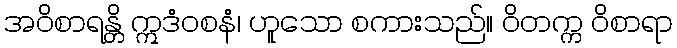
အဝိစာရန္တိ ဣဒံဝစနံ၊ ဟူသော စကားသည်။ ဝိတက္က ဝိစာရာ